Report of the Indian Hemp Drugs Commission, 1894-1895 - Volume IV
Year: 1894
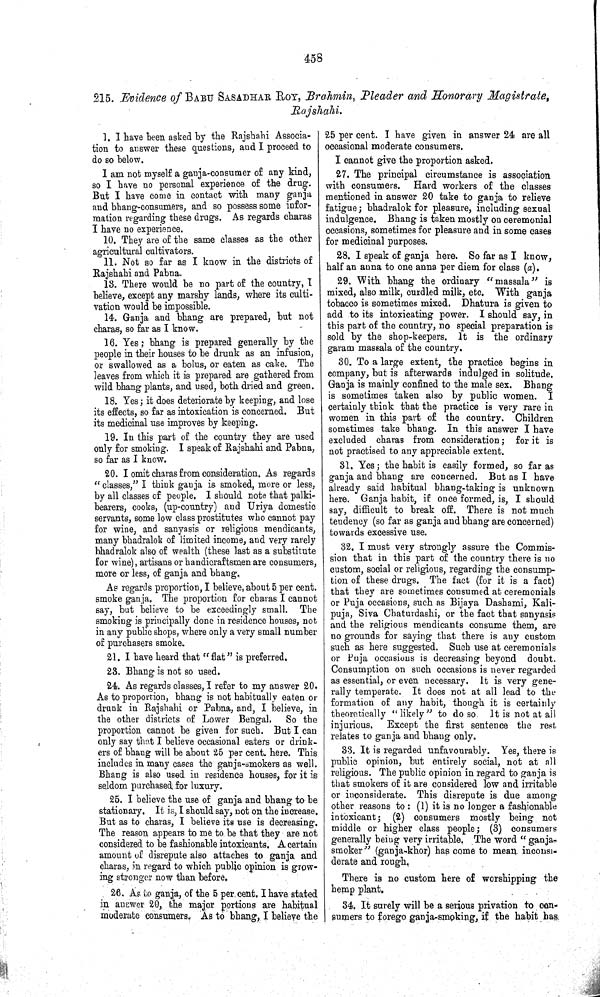
458
215. Evidence of BABU SASADHAR ROY, Brahmin, Pleader and Honorary Magistrate,
Rajshahi,
I. I have been asked by the Rajshahi Associa-
tion to answer these questions, and I proceed to
do so below.
I am not myself a ganja-consumer of any kind,
so I have no personal experience of the drug.
But I have come in contact with many ganja
and bhang-consumers, and so possess some infor-
mation regarding these drugs. As regards charas
I have no experience.
10. They are of the same classes as the other
agricultural cultivators.
11. Not so far as I know in the districts of
Rajshahi and Pabna.
13. There would be no part of the country, I
believe, except any marshy lands, where its culti-
vation would be impossible.
14. Ganja and bhang are prepared, but not
charas, so far as I know.
16. Yes; bhang is prepared generally by the
people in their houses to be drunk as an infusion,
or swallowed as a bolus, or eaten as cake. The
leaves from which it is prepared are gathered from
wild bhang plants, and used, both dried and green.
18. Yes; it does deteriorate by keeping, and lose
its effects, so far as intoxication is concerned. But
its medicinal use improves by keeping.
19. In this part of the country they are used
only for smoking. I speak of Rajshahi and Pabna,
so far as I know.
20. I omit charas from consideration. As regards
"classes," I think ganja is smoked, more or less,
by all classes of people. I should note that palki-
bearers, cooks, (up-country) and Uriya domestic
servants, some low class prostitutes who cannot pay
for wine, and sanyasis or religious mendicants,
many bhadralok of limited income, and very rarely
bhadralok also of wealth (these last as a substitute
for wine), artisans or handicraftsmen are consumers,
more or less, of ganja and bhang.
As regards proportion, I believe, about 5 per cent.
smoke ganja. The proportion for charas I cannot
say, but believe to be exceedingly small. The
smoking is principally done in residence houses, not
in any public shops, where only a very small number
of purchasers smoke.
21. I have heard that "flat" is preferred.
23. Bhang is not so used.
24. As regards classes, I refer to my answer 20.
As to proportion, bhang is not habitually eaten or
drunk in Rajshahi or Pabna, and, I believe, in
the other districts of Lower Bengal. So the
proportion cannot be given for such. But I can
only say that I believe occasional eaters or drink-
ers of bhang will be about 25 per cent. here. This
includes in many cases the ganja-smokers as well.
Bhang is also used in residence houses, for it is
seldom purchased for luxury.
25. I believe the use of ganja and bhang to be
stationary. It is, I should say, not on the increase.
But as to charas, I believe its use is decreasing.
The reason appears to me to be that they are not
considered to be fashionable intoxicants. A certain
amount of disrepute also attaches to ganja and
charas, in regard to which public opinion is grow-
ing stronger now than before.
26. As to ganja, of the 5 per cent. I have stated
in answer 20, the major portions are habitual
moderate consumers. As to bhang, I believe the
25 per cent. I have given in answer 24 are all
occasional moderate consumers.
I cannot give the proportion asked.
27. The principal circumstance is association
with consumers. Hard workers of the classes
mentioned in answer 20 take to ganja to relieve
fatigue; bhadralok for pleasure, including sexual
indulgence. Bhang is taken mostly on ceremonial
occasions, sometimes for pleasure and in some cases
for medicinal purposes.
28. I speak of ganja here. So far as I know,
half an anna to one anna per diem for class (a).
29. With bhang the ordinary "massala" is
mixed, also milk, curdled milk, etc. With ganja
tobacco is sometimes mixed. Dhatura is given to
add to its intoxicating power. I should say, in
this part of the country, no special preparation is
sold by the shop-keepers. It is the ordinary
garam massala of the country.
30. To a large extent, the practice begins in
company, but is afterwards indulged in solitude.
Ganja is mainly confined to the male sex. Bhang
is sometimes taken also by public women. I
certainly think that the practice is very rare in
women in this part of the country. Children
sometimes take bhang. In this answer I have
excluded charas from consideration; for it is
not practised to any appreciable extent.
31. Yes; the habit is easily formed, so far as
ganja and bhang are concerned. But as I have
already said habitual bhang-taking is unknown
here. Ganja habit, if once formed, is, I should
say, difficult to break off. There is not much
tendency (so far as ganja and bhang are concerned)
towards excessive use.
32. I must very strongly assure the Commis-
sion that in this part of the country there is no
custom, social or religious, regarding the consump-
tion of these drugs. The fact (for it is a fact)
that they are sometimes consumed at ceremonials
or Puja occasions, such as Bijaya Dashami, Kali-
puja, Siva Chaturdashi, or the fact that sanyasis
and the religious mendicants consume them, are
no grounds for saying that there is any custom
such as here suggested. Such use at ceremonials
or Puja occasions is decreasing beyond doubt.
Consumption on such occasions is never regarded
as essential, or even necessary. It is very gene-
rally temperate. It does not at all lead to the
formation of any habit, though it is certainly
theoretically "likely" to do so. It is not at all
injurious. Except the first sentence the rest
relates to ganja and bhang only.
33. It is regarded unfavourably. Yes, there is
public opinion, but entirely social, not at all
religious. The public opinion in regard to ganja is
that smokers of it are considered low and irritable
or inconsiderate. This disrepute is due among
other reasons to: (1) it is no longer a fashionable
intoxicant; (2) consumers mostly being not
middle or higher class people; (3) consumers
generally being very irritable. The word "ganja-
smoker" (ganja-khor) has come to mean inconsi-
derate and rough.
There is no custom here of worshipping the
hemp plant.
34. It surely will be a serious privation to con-
sumers to forego ganja-smoking, if the habit has